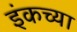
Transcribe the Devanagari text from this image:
इंकच्या